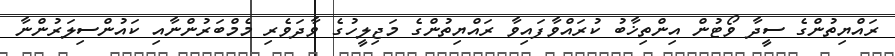
ރައްޔިތުންގެ ސީދާ ވޯޓުން އިންތިޚާބު ކުރައްވާފައިވާ ރައްޔިތުންގެ މަޖިލީހުގެ ވާދަވެރި މެމްބަރުންނާއި ކައުންސިލަރުންނާ